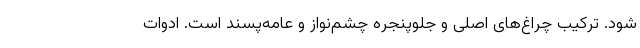
شود. ترکیب چراغ‌های اصلی و جلوپنجره چشم‌نواز و عامه‌پسند است. ادوات